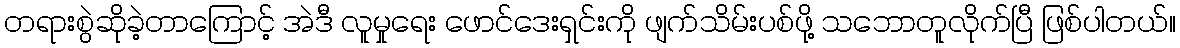
တရားစွဲဆိုခဲ့တာကြောင့် အဲဒီ လူမှုရေး ဖောင်ဒေးရှင်းကို ဖျက်သိမ်းပစ်ဖို့ သဘောတူလိုက်ပြီ ဖြစ်ပါတယ်။